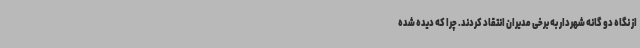
از نگاه دو گانه شهردار به برخی مدیران انتقاد کردند. چرا که دیده شده